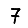
Digit: 7